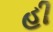
હી